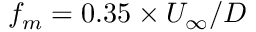
f _ { m } = 0 . 3 5 \times U _ { \infty } / D